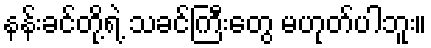
နန်းခင်တို့ရဲ့ သခင်ကြီးတွေ မဟုတ်ပါဘူး။